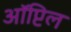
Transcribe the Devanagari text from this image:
ऑप्टिल